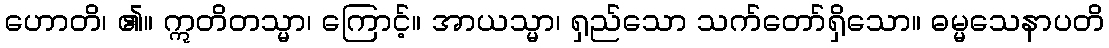
ဟောတိ၊ ၏။ ဣတိတသ္မာ၊ ကြောင့်။ အာယသ္မာ၊ ရှည်သော သက်တော်ရှိသော။ ဓမ္မသေနာပတိ